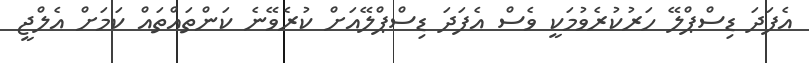
އެފަދަ ޑިސްޕްލޭ ހަރުކުރެވުމަކީ ވެސް އެފަދަ ޑިސްޕްލޭއަށް ކުރެވޭނެ ކަންތައްތައް ކަމަށް އެލްޖީ